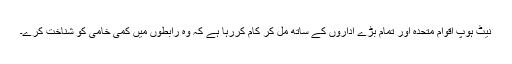
نیٹ ہوپ اقوام متحدہ اور تمام بڑے اداروں کے ساتھ مل کر کام کررہا ہے کہ وہ رابطوں میں کمی خامی کو شناخت کرے۔